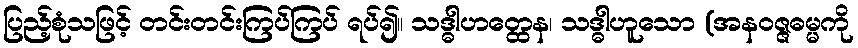
ပြည့်စုံသဖြင့် တင်းတင်းကြပ်ကြပ် ရပ်၍။ သဒ္ဓါဟတ္ထေန၊ သဒ္ဓါဟူသော (အနဝဇ္ဇဓမ္မကို